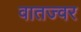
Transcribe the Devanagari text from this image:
वातज्वर